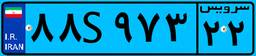
۵۰S۱۲۵۲۵